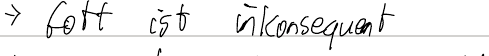
-> Gott ist inkonsequent